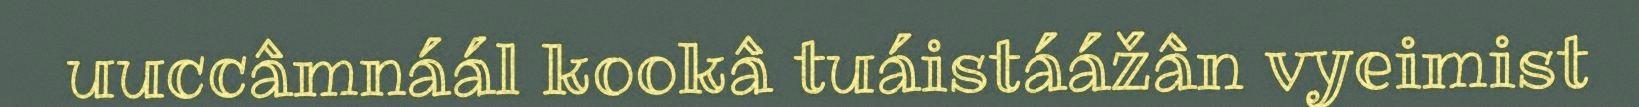
uuccâmnáál kookâ tuáistáážân vyeimist